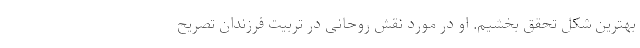
بهترین شکل تحقق بخشیم. او در مورد نقش روحانی در تربیت فرزندان تصریح